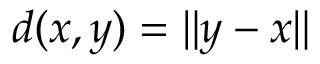
d ( x , y ) = \lVert y - x \rVert